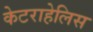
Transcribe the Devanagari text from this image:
केटराहेलिस